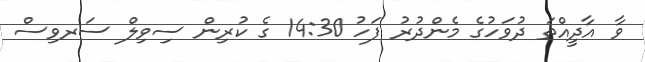
ވާ އާދީއްތަ ދުވަހުގެ މެންދުރު ފަހު 14:30 ގެ ކުރިން ސިވިލް ސަރވިސް